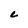
Character: e